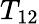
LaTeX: T_{12}